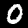
Label: 0